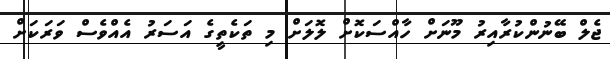
ޖެލް ބޭނުންކުރާއިރު މޫނަށް ހާއްސަކޮށް ލޮލަށް މި ތަކެތީގެ އަސަރު އެއްވެސް ވަރަކަށް